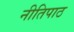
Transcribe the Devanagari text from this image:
नीतिपाठ